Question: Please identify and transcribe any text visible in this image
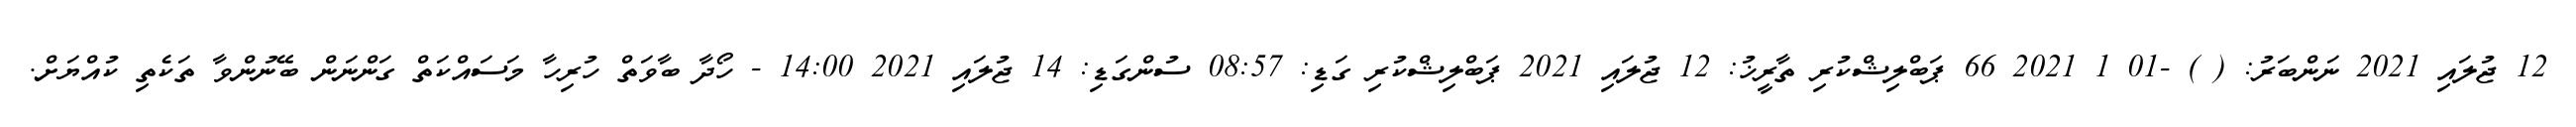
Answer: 12 ޖުލައި 2021 ނަންބަރު: ( ) -01 1 2021 66 ޕަބްލިޝްކުރި ތާރީޚު: 12 ޖުލައި 2021 ޕަބްލިޝްކުރި ގަޑި: 08:57 ސުންގަޑި: 14 ޖުލައި 2021 14:00 - ހޯދާ ބާވަތް ހުރިހާ މަސައްކަތް ގަންނަން ބޭނުންވާ ތަކެތި ކުއްޔަށް.